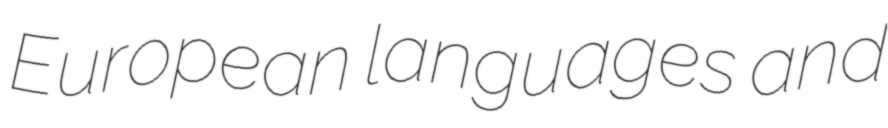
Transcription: European languages and